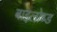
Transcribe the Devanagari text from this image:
बाइलोब्ड